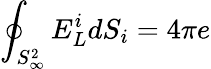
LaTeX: \oint_{S_{\infty}^{2}}E_{L}^{i}dS_{i}=4\pi e